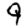
Digit: 9